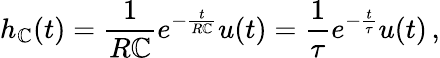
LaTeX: h_{\mathbb{C}}(t)={\frac{{1}}{{R\mathbb{C}}}}e^{-{\frac{{t}}{{R\mathbb{C}}}}}u(t)={\frac{{1}}{{\tau}}}e^{-{\frac{{t}}{{\tau}}}}u(t)\, ,